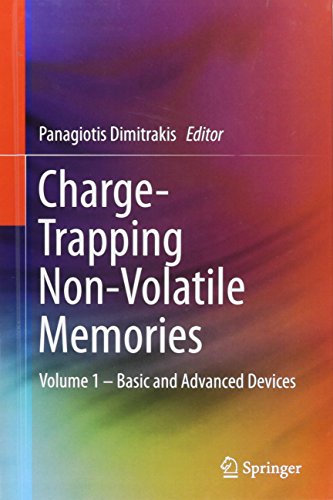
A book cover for Charge-Trapping Non-Volatile Memories: Volume 1 - Basic and Advanced Devices; Computers & Technology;